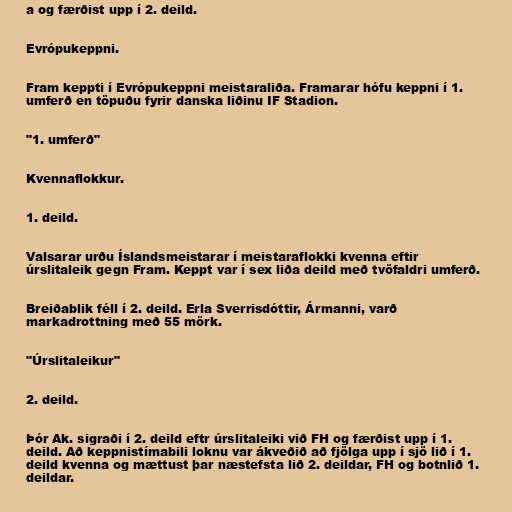
a og færðist upp í 2. deild.

Evrópukeppni.

Fram keppti í Evrópukeppni meistaraliða. Framarar hófu keppni í 1.
umferð en töpuðu fyrir danska liðinu IF Stadion.

"1. umferð"

Kvennaflokkur.

1. deild.

Valsarar urðu Íslandsmeistarar í meistaraflokki kvenna eftir
úrslitaleik gegn Fram. Keppt var í sex liða deild með tvöfaldri umferð.

Breiðablik féll í 2. deild. Erla Sverrisdóttir, Ármanni, varð
markadrottning með 55 mörk.

"Úrslitaleikur"

2. deild.

Þór Ak. sigraði í 2. deild eftr úrslitaleiki við FH og færðist upp í 1.
deild. Að keppnistímabili loknu var ákveðið að fjölga upp í sjö lið í 1.
deild kvenna og mættust þar næstefsta lið 2. deildar, FH og botnlið 1.
deildar.